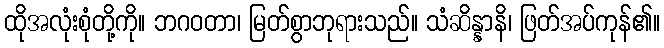
ထိုအလုံးစုံတို့ကို။ ဘဂဝတာ၊ မြတ်စွာဘုရားသည်။ သံဆိန္နာနိ၊ ဖြတ်အပ်ကုန်၏။